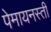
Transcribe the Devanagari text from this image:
पेमायनस्‍ती